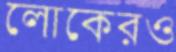
লোকেরও